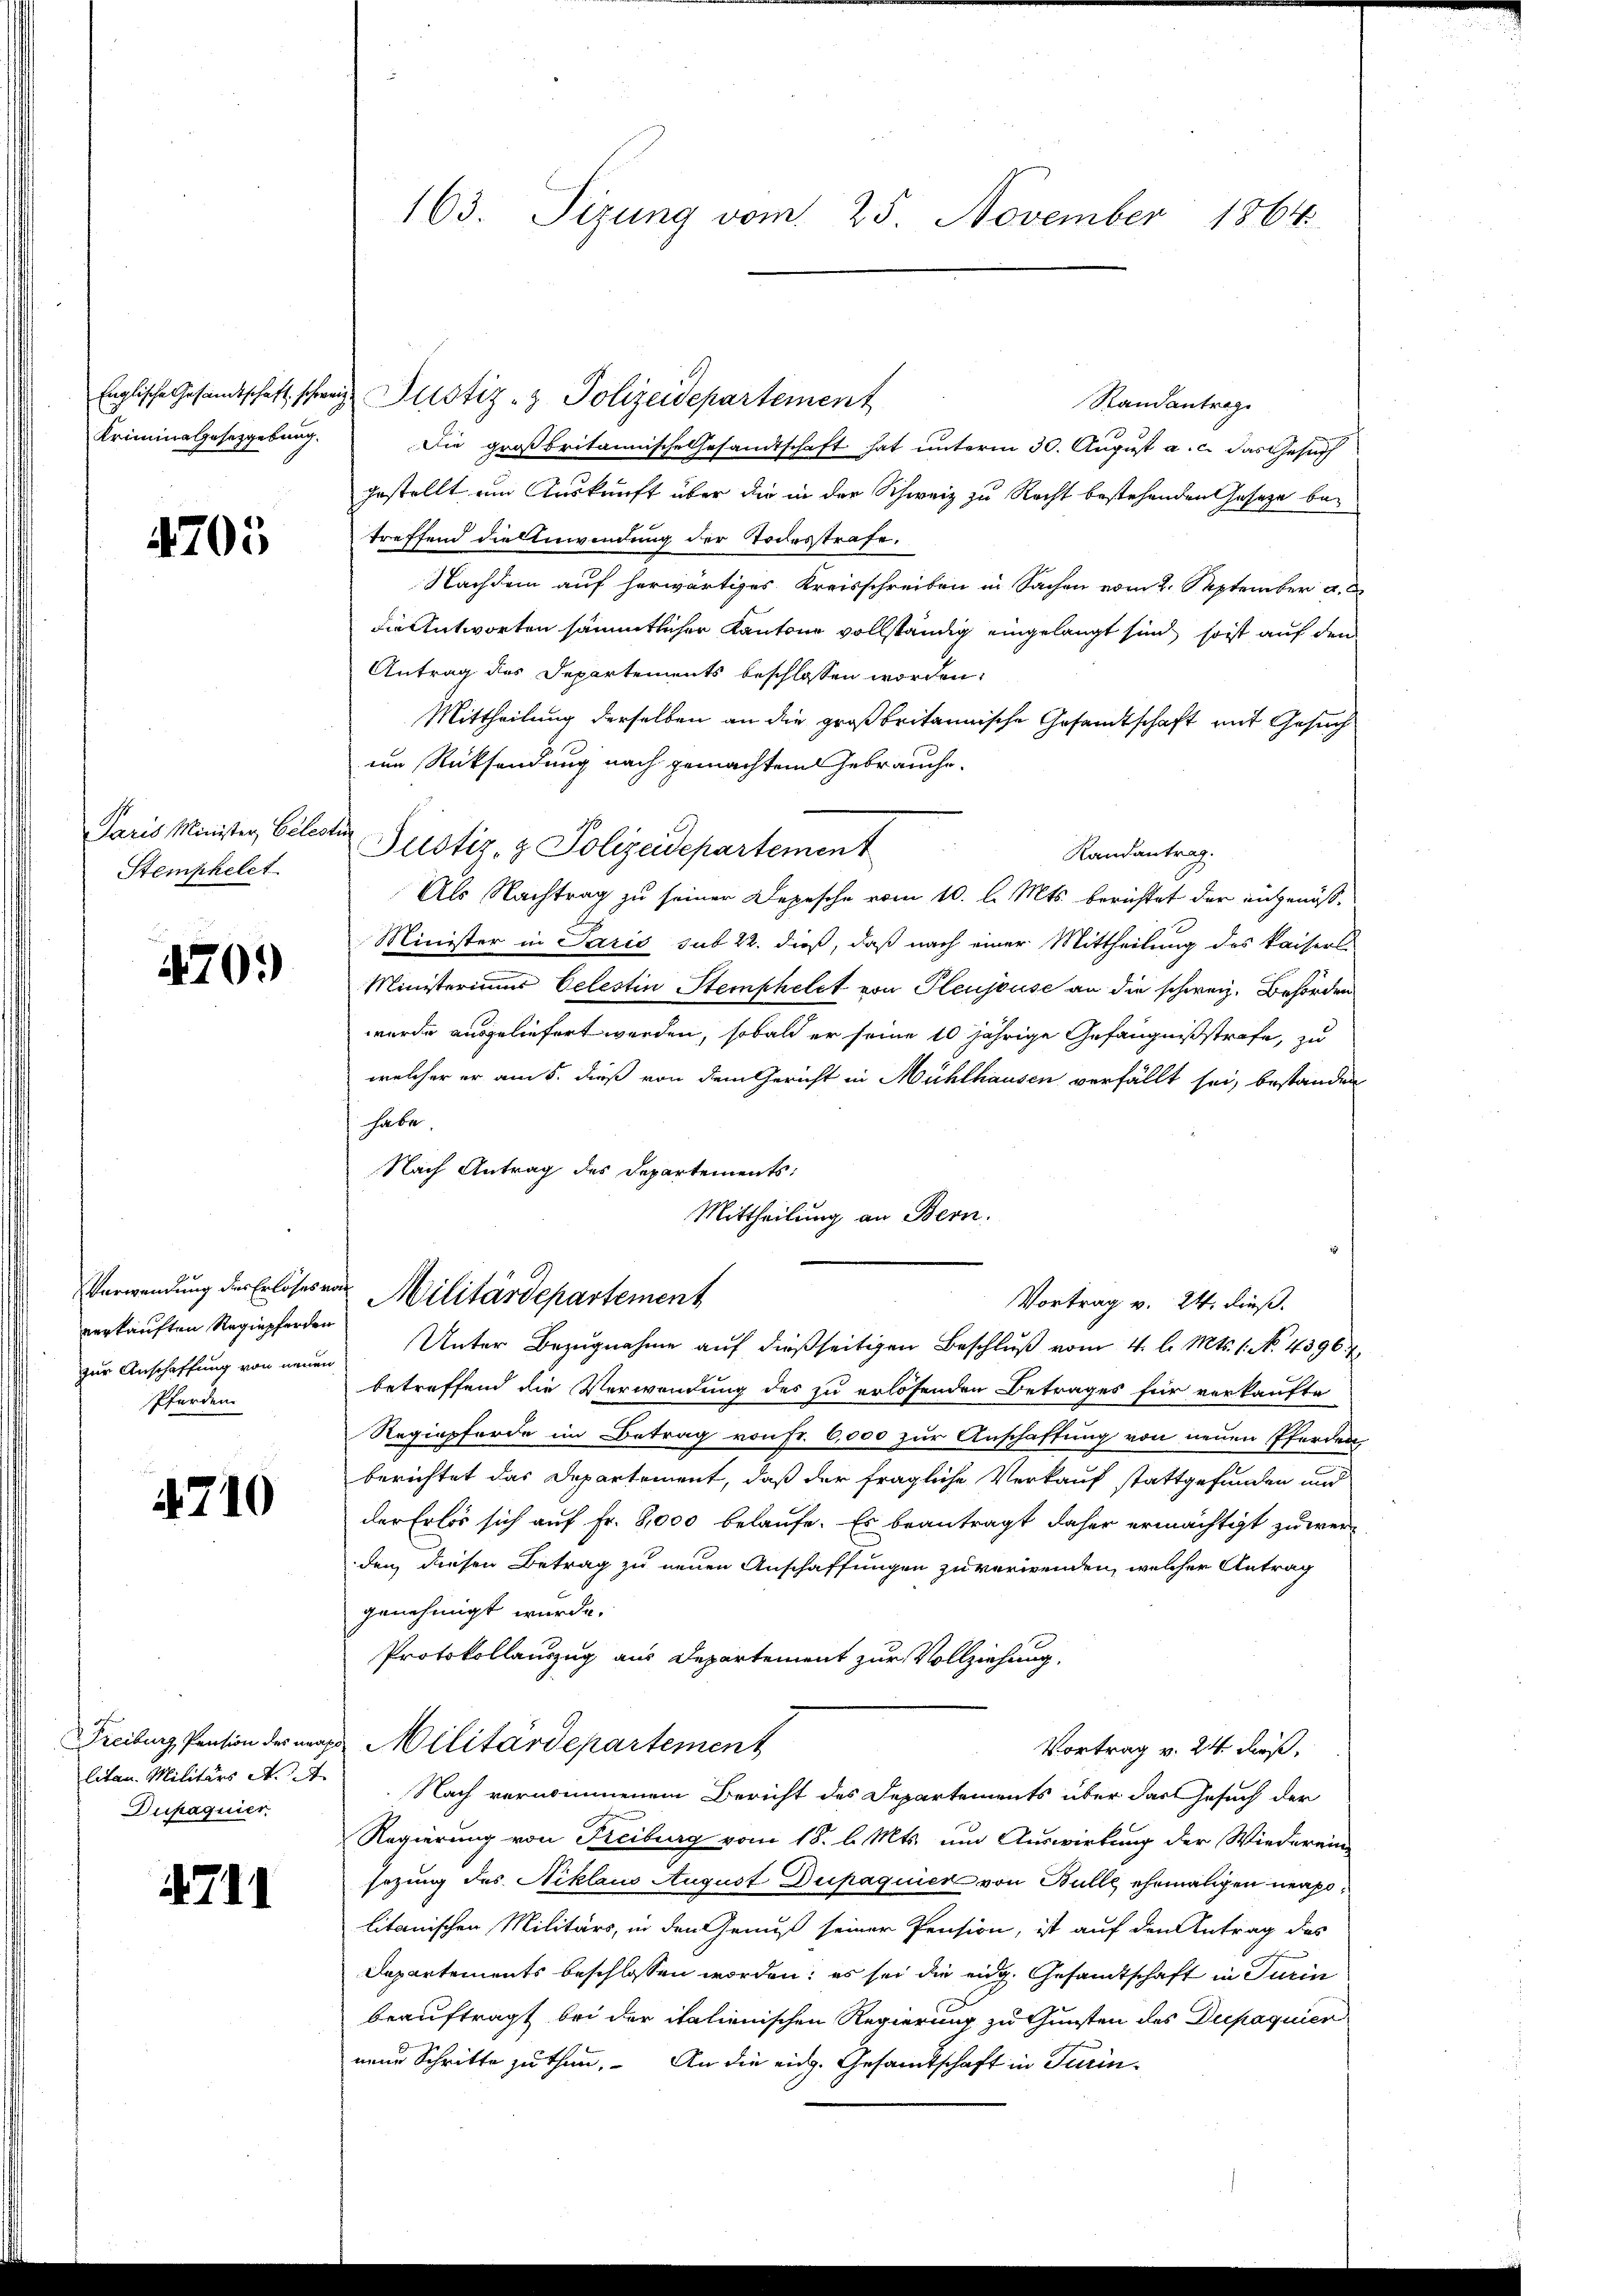
Kriminalgesezgebung.

4705

Paris Minister Celes
Stemphelet

.
4709

Verwendung des Erlöses von
verkauften Regiepferden
Pferden.

4710

litan. Militärs A.
Dupaquier

4711

Randantrag
Die großbritannische Gesandtschaft hat unterm 30. August a. c. das Gesuch
gestellt, um Auskunft über die in der Schweiz zu Recht bestehenden Gesetze betreffend die Anwendung der Todesstrafe.
Nachdem auf herwärtiges Kreisschreiben in Sachen vom 2. September a.
die Antworten sämmtlicher Kantone vollständig eingelangt sind, soit auf den
Antrag des Departements beschlossen worden:
Mittheilung derselben an die großbritannische Gesandtschaft mit Gesuch
um Rücksendung nach gemachtem Gebrauche.
d
Justiz- & Polizeidepartement
Randantrag.
Als Nachtrag zu seiner Depesche vom 10. l. Mts. berichtet der engenöß¬
Minister in Paris sub 22. dieß, daß nach einer Mittheilung des Kaisers
Ministeriums Celestin Stemphelet von Heussuse an die schweiz. Behörden
wurde ausgeliefert werden, sobald er seine 10 jährige Gefängnißstrafe, zu
welcher er am 5. dieß von dem Gericht in Mühlhausen verfällt sei, bestanden
habe.
Nach Antrag des Departements:
Mittheilung an Bern.
Militärdepartement
Vortrag v. 24. dieß.
zŭr Anschaffŭng von neŭen Unter Bezŭgnahme aŭf dießseitigen Beschlŭβ vom 4. l. Mts. 1. No. 43967
betreffend die Verwendung des zu erlösenden Betrages für verkaufte
Regiepferde im Betrag von Fr. 6,000 zur Anschaftung von neuen Pferden
berichtet das Departement, daß der fragliche Verkauf stattgefunden und
der Erlös sich auf Fr. 8000 belaufe. Es beantragt daher ermächtigt zu weiden, diesen Betrag zu neuen Anschaffungen zu verwenden, welcher Antrag
genehmigt wurde.
Protokollauszug aus Departement zur Vollziehung
Freiburg, Pension des nur Militärdepartement
Vortrag v. 24 dieß,
Nach vernommenem Bericht des Departements über das Gesuch der
Regierung von Freiburg vom 18. d. Mts. um Auswirkung der Wiederein-
sezung des Niklaus August Dupaquier von Bulle ehemaligen neapolitanischen Militärs, in den Genuß seiner Pension, ist auf den Antrag des
Departements beschlossen worden; es sei die eidg. Gesandtschaft in Turin
beauftragt bei der italienischen Regierung zu Gunsten des Dupaquier
neue Schritte zu thun. An die eidg. Gesamtschaft in Turin¬

163. Sizung vom 25. November 1864

Englische Gesandtschaft schweiz. Justiz- & Polizeidepartement